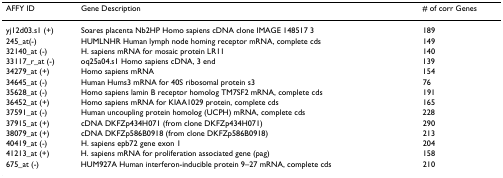
<table><thead><tr><td><b>AFFY ID</b></td><td><b>Gene Description</b></td><td><b># of corr Genes</b></td></tr></thead><tbody><tr><td>yj12d03.s1 (+)</td><td>Soares placenta Nb2HP Homo sapiens cDNA clone IMAGE 148517 3</td><td>189</td></tr><tr><td>245_at(-)</td><td>HUMLNHR Human lymph node homing receptor mRNA, complete cds</td><td>149</td></tr><tr><td>32140_at (-)</td><td>H. sapiens mRNA for mosaic protein LR11</td><td>140</td></tr><tr><td>33117_r_at (-)</td><td>oq25a04.s1 Homo sapiens cDNA, 3 end</td><td>139</td></tr><tr><td>34279_at (+)</td><td>Homo sapiens mRNA</td><td>154</td></tr><tr><td>34645_at (-)</td><td>Human Hums3 mRNA for 40S ribosomal protein s3</td><td>76</td></tr><tr><td>35628_at (-)</td><td>Homo sapiens lamin B receptor homolog TM7SF2 mRNA, complete cds</td><td>191</td></tr><tr><td>36452_at (+)</td><td>Homo sapiens mRNA for KIAA1029 protein, complete cds</td><td>165</td></tr><tr><td>37591_at (-)</td><td>Human uncoupling protein homolog (UCPH) mRNA, complete cds</td><td>228</td></tr><tr><td>37915_at (+)</td><td>cDNA DKFZp434H071 (from clone DKFZp434H071)</td><td>290</td></tr><tr><td>38079_at (+)</td><td>cDNA DKFZp586B0918 (from clone DKFZp586B0918)</td><td>213</td></tr><tr><td>40419_at (-)</td><td>H. sapiens epb72 gene exon 1</td><td>204</td></tr><tr><td>41213_at (+)</td><td>H. sapiens mRNA for proliferation associated gene (pag)</td><td>158</td></tr><tr><td>675_at (-)</td><td>HUM927A Human interferon-inducible protein 9–27 mRNA, complete cds</td><td>210</td></tr></tbody></table>